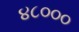
૪૮૦૦૦